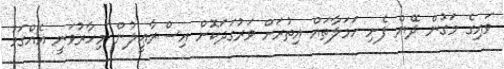
ވައިގެ މަގުން ދޭން ފެށި ހަމަލާތައް އިތުރަށް ވަރުގަދަކޮށް އިސްރާޢީލުން މިހާރުވަނީ އެއްގަމު